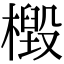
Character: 檓